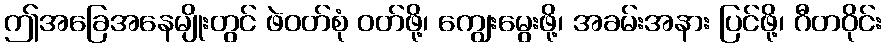
ဤအခြေအနေမျိုးတွင် ဖဲဝတ်စုံ ဝတ်ဖို့၊ ကျွေးမွေးဖို့၊ အခမ်းအနား ပြင်ဖို့၊ ဂီတဝိုင်း